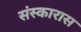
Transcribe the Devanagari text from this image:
संस्कारास